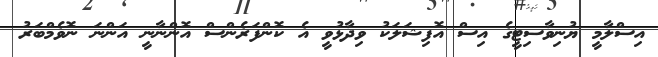
އިސްލާމީ ޔުނިވާސިޓީގެ އިސް އޮފިޝަލަކު ވިދާޅުވީ އެ ކޮންފަރެންސް އޮންނާނީ އަންނަ ނޮވެމްބަރު